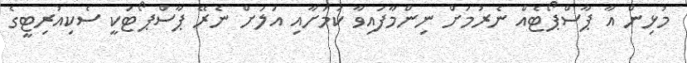
މުޅިން އާ ޕާސްޕޯޓެއް ނެރުމަށް ނިންމާފައިވާ ކަމަށާއި އަލަށް ނެރޭ ޕާސްޕޯޓަކީ ސެކިއުރިޓީގެ